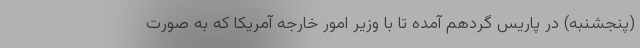
(پنجشنبه) در پاریس گردهم آمده تا با وزیر امور خارجه آمریکا که به صورت